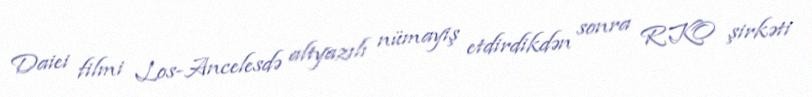
Daiei filmi Los-Ancelesdə altyazılı nümayiş etdirdikdən sonra RKO şirkəti